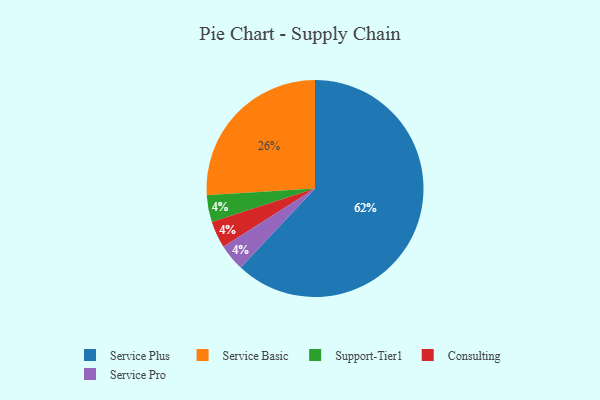
{"axis": {"x": "Category", "y": "Percentage"}, "legend": ["Consulting", "Service Basic", "Service Plus", "Service Pro", "Support-Tier1"], "data": [{"x": "Service Plus", "y": 62, "type": "Service Plus"}, {"x": "Support-Tier1", "y": 4, "type": "Support-Tier1"}, {"x": "Consulting", "y": 4, "type": "Consulting"}, {"x": "Service Pro", "y": 4, "type": "Service Pro"}, {"x": "Service Basic", "y": 26, "type": "Service Basic"}]}